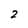
Character: 2